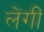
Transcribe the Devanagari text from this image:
लेंगीं